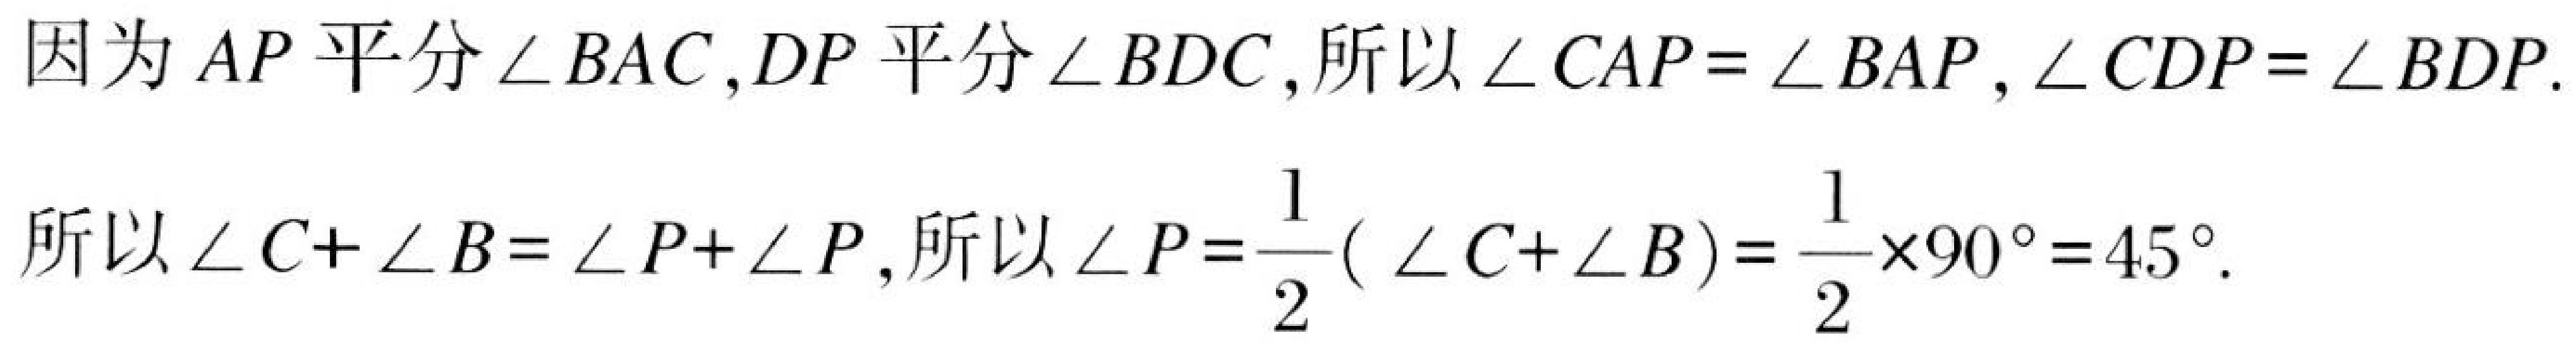
因为 \(AP\) 平分 \(\angle BAC\), \(DP\) 平分 \(\angle BDC\), 所以 \(\angle CAP = \angle BAP\), \(\angle CDP = \angle BDP\).
所以 \(\angle C+\angle B=\angle P+\angle P\), 所以 \(\angle P = \dfrac{1}{2}(\angle C+\angle B)=\dfrac{1}{2}\times90^{\circ}=45^{\circ}\).